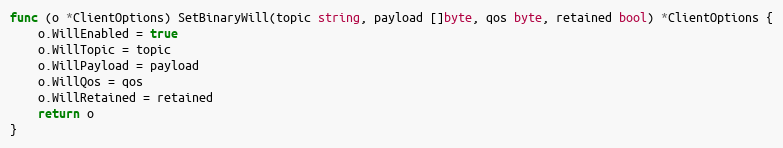
Language: Go
func (o *ClientOptions) SetBinaryWill(topic string, payload []byte, qos byte, retained bool) *ClientOptions {
	o.WillEnabled = true
	o.WillTopic = topic
	o.WillPayload = payload
	o.WillQos = qos
	o.WillRetained = retained
	return o
}